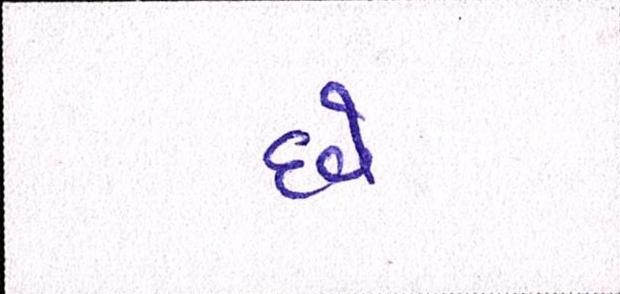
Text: દવે